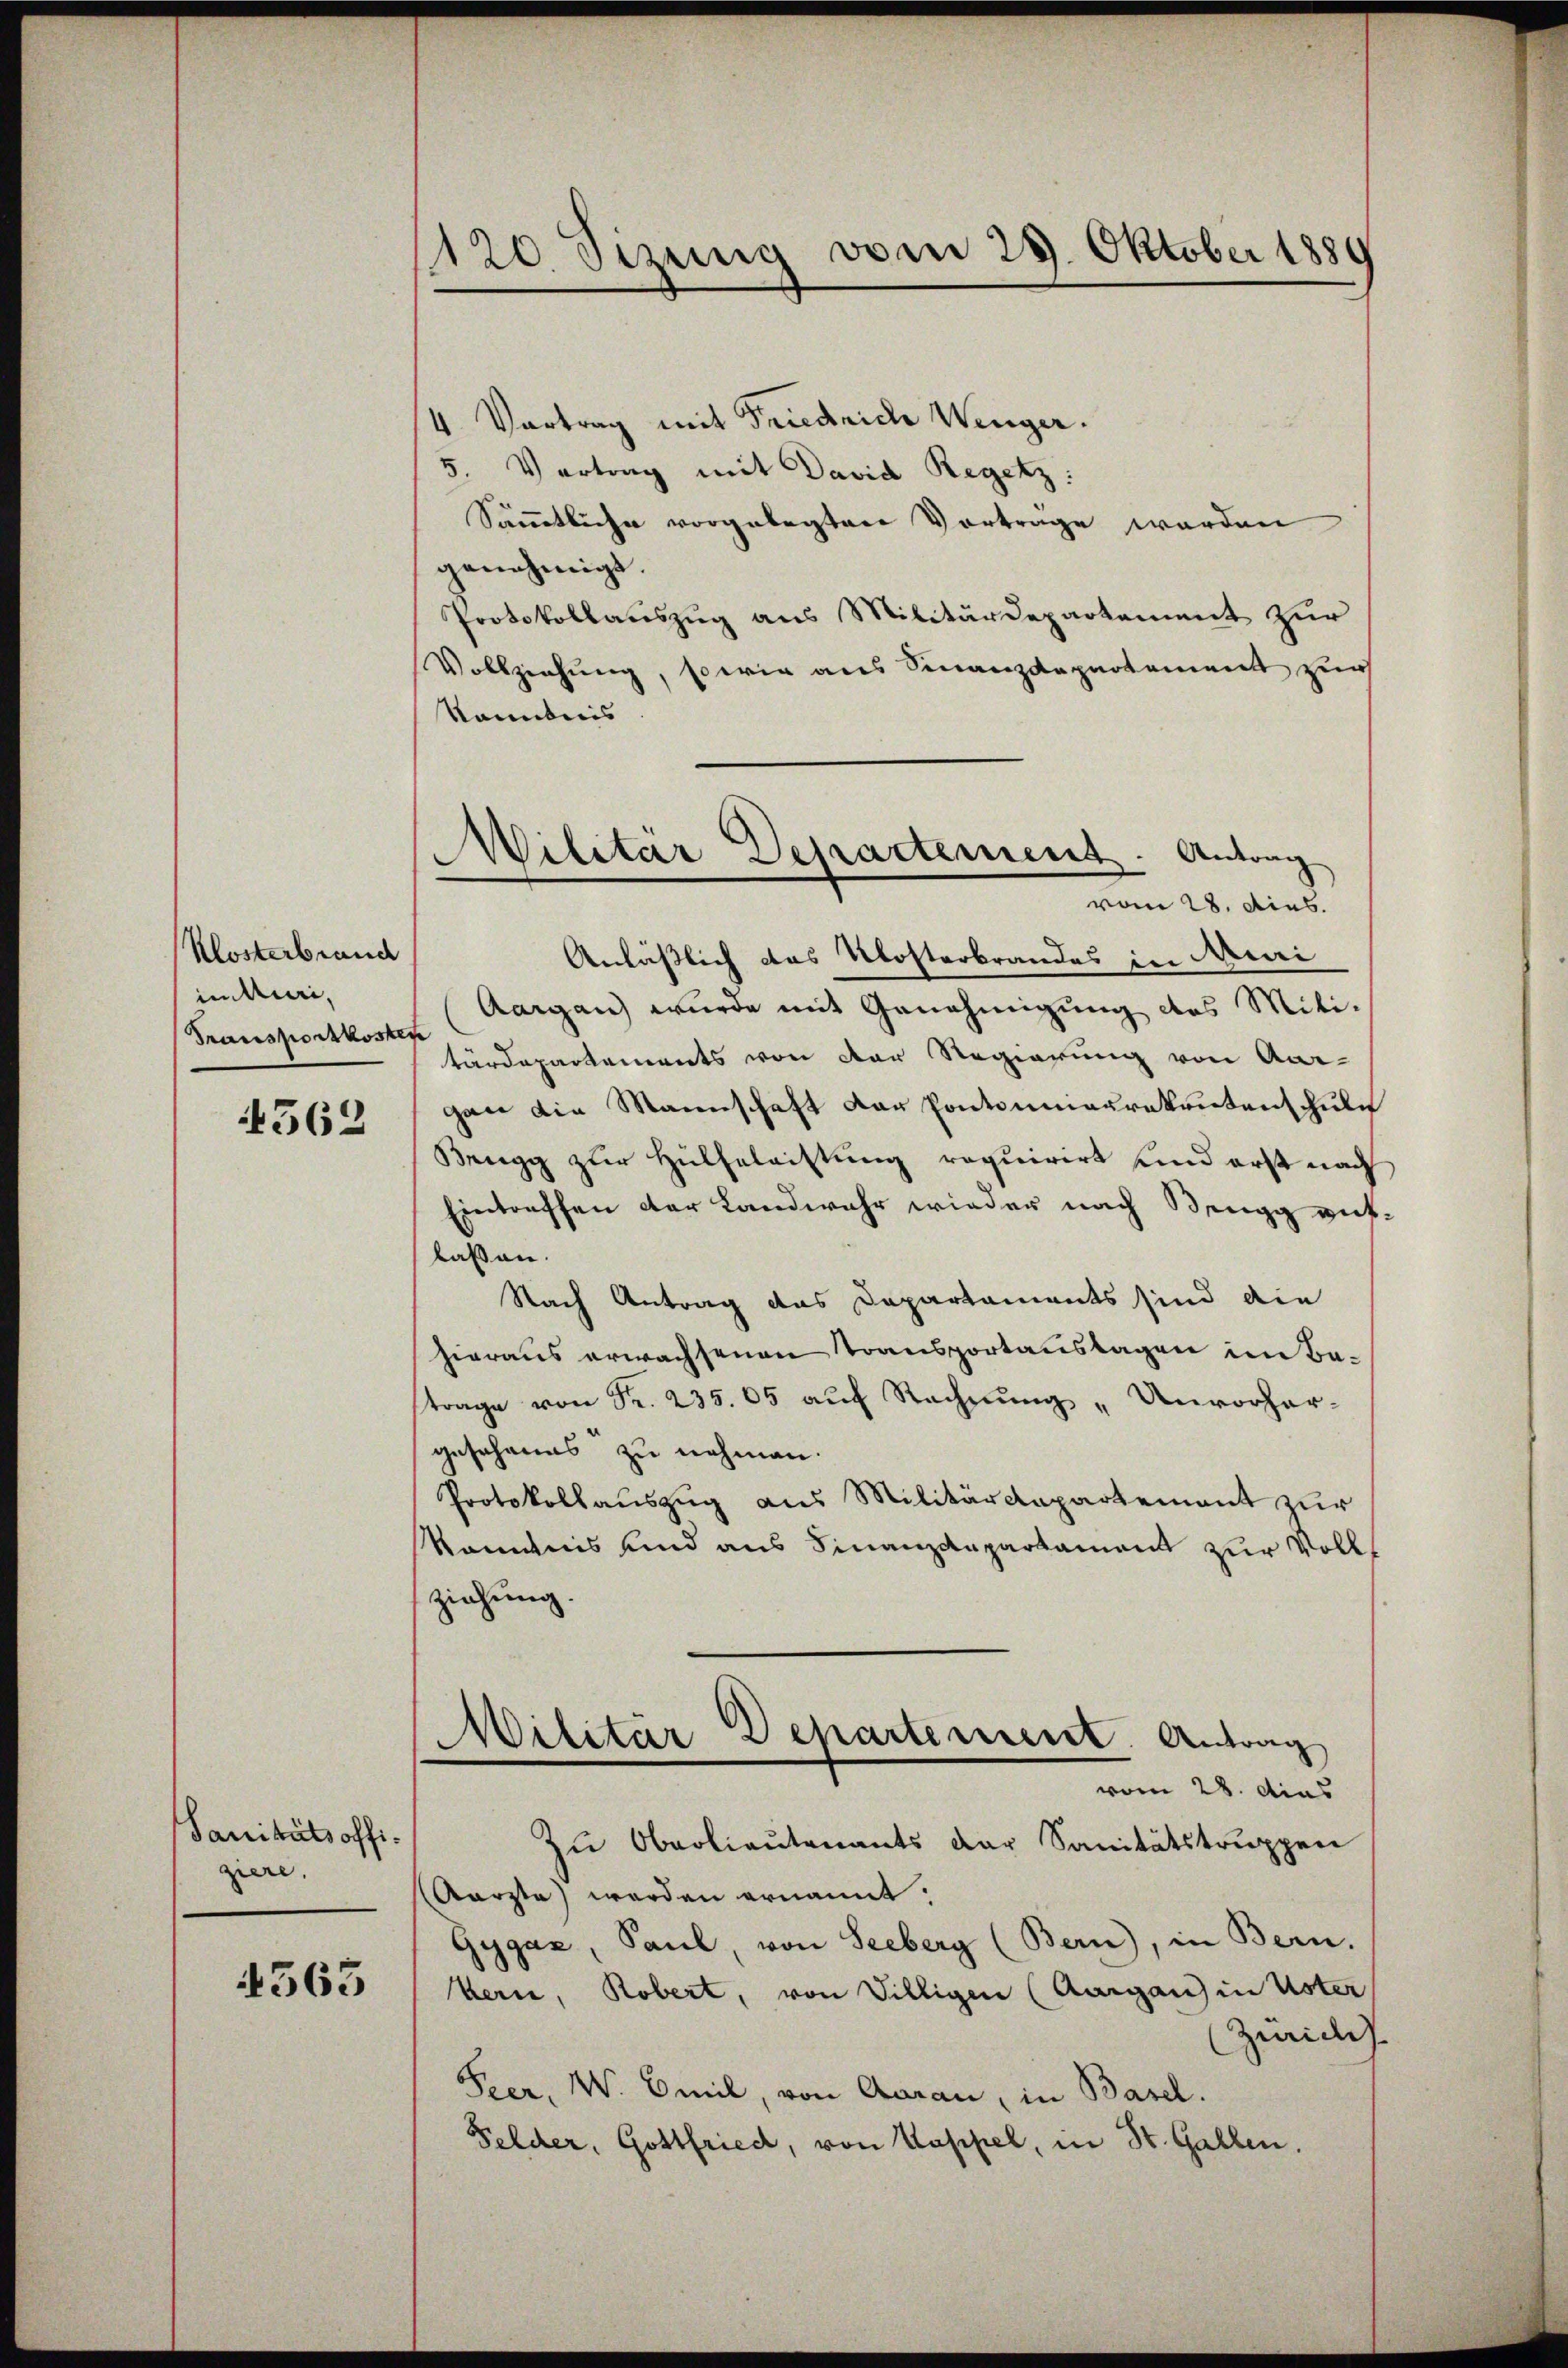
Klosterbrand
unturi,
Transportkoster

562

Sanitätsoffiziere,

4563

120 Sizung vom 29. Oktober 1880

Militär Departement. Antrag
vom 28. Aus

4 Vortrag mit Friedriche Wenger.
5. Vertrag mit David Regetz:
Sämmtliche vorgelegten Vortrage werden
genehmigt.
Protokollauszug aus Militärdepartement zur
Vollziehung, sowie aus Finanzdepartement zur
kanntnis
Anläßlich das Klosterbrandes in Mari
Aargau wurde mit Genehmigung des Miti-
e
tärdepartements von der Regierung von Aar-
gan die Mannschaft der Pontonmaurekrutenschule
Brugg zur Hülfeleistung requirirt und erst nach
Eintreffen der Landwehr wieder nach Bengg auf
lassen.
Nach Antrag das Departaments sind die
hieraus erwachsenen Transportanstagen im Batrage von Fr. 235. 05 auf Rechnŭng "Unvorher-
gesehenes zu nehmen.
Protokollauszug aus Militärdepartement zur
kommnis und aus Finanzdepartament zur Vollziehung.
Militar Departement. Antrag
vom 28. dies
Zŭ Oberlieutenants der Sanitätstruppen
Aarzte werden ernannt.
Gygaz, Saul, von Seeberg (Bern), in Bern.
Bern, Robert, von Billigen (Aargau in Uster
(Zürich
Ker, W. Omil, von Aarau, in Basel.
Felder, Gottfried, von Kappel, in St. Gallen.